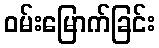
ဝမ်းမြောက်ခြင်း